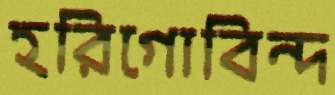
হরিগোবিন্দ